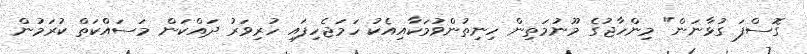
ގޮސްފަ ގުޅާނަން" މިންހާޖުގެ މޫނުމަތިން ހިނިތުންވުމަކާއިއެކު ހަމަޖެހިފައި ހުރިވަރު ދައްކަން މަސައްކަތް ކުރަމުން